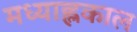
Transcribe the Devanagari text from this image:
मध्याह्लकाल